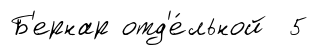
Б'ернар отд'е́льной 5